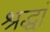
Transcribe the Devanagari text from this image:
श्रद्धां